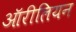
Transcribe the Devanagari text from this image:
ऑरीलियन